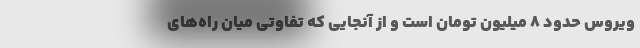
ویروس حدود ۸ میلیون تومان است و از آنجایی که تفاوتی میان را‌ه‌های